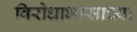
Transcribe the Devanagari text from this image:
विरोधाभासाच्या